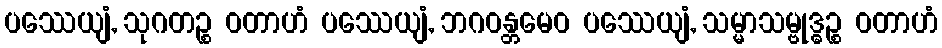
ပဿေယျံ, သုဂတဉ္စ ဝတာဟံ ပဿေယျံ, ဘဂဝန္တမေဝ ပဿေယျံ, သမ္မာသမ္ဗုဒ္ဓဉ္စ ဝတာဟံ